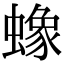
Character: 蟓